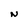
Character: N